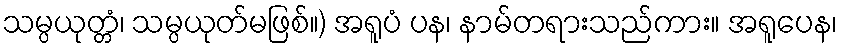
သမ္ပယုတ္တံ၊ သမ္ပယုတ်မဖြစ်။) အရူပံ ပန၊ နာမ်တရားသည်ကား။ အရူပေန၊